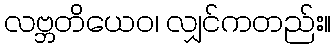
လဗ္ဘတိယေဝ၊ လျှင်ကတည်း။